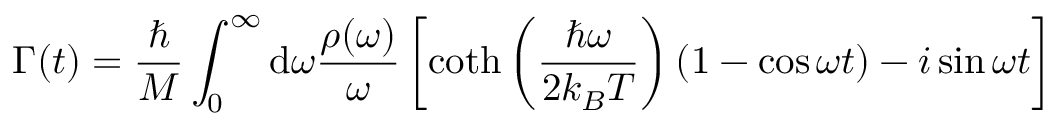
\Gamma ( t ) = \frac { \hbar } { M } \int _ { 0 } ^ { \infty } \mathrm { d } \omega \frac { \rho ( \omega ) } { \omega } \left[ \coth \left( \frac { \hbar \omega } { 2 k _ { B } T } \right) ( 1 - \cos { \omega t } ) - i \sin { \omega t } \right]